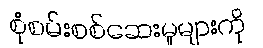
စုံစမ်းစစ်ဆေးမှုများကို